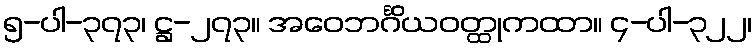
၅-ပါ-၃၇၃၊ ဋ္ဌ-၂၇၃။ အဝေဘင်္ဂိယဝတ္ထုကထာ။ ၄-ပါ-၃၂၂၊